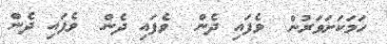
ހަމަކަށަވަރުން  ވެފައި ދެން  ވެފައި ދެން  ވެފައި ދެން